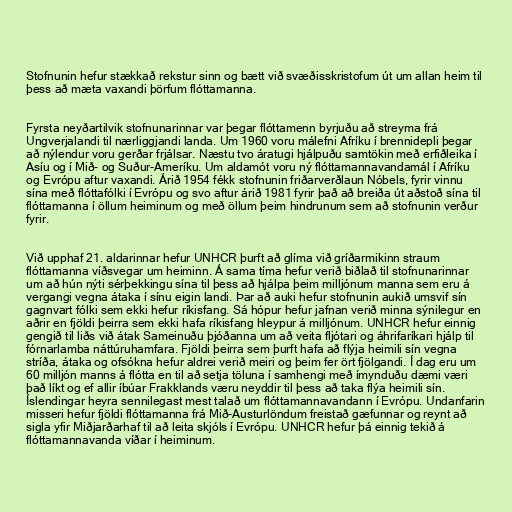
Stofnunin hefur stækkað rekstur sinn og bætt við svæðisskristofum út um allan heim til
þess að mæta vaxandi þörfum flóttamanna.

Fyrsta neyðartilvik stofnunarinnar var þegar flóttamenn byrjuðu að streyma frá
Ungverjalandi til nærliggjandi landa. Um 1960 voru málefni Afríku í brennidepli þegar
að nýlendur voru gerðar frjálsar. Næstu tvo áratugi hjálpuðu samtökin með erfiðleika í
Asíu og í Mið- og Suður-Ameríku. Um aldamót voru ný flóttamannavandamál í Afríku
og Evrópu aftur vaxandi. Árið 1954 fékk stofnunin friðarverðlaun Nóbels, fyrir vinnu
sína með flóttafólki í Evrópu og svo aftur árið 1981 fyrir það að breiða út aðstoð sína til
flóttamanna í öllum heiminum og með öllum þeim hindrunum sem að stofnunin verður
fyrir.

Við upphaf 21. aldarinnar hefur UNHCR þurft að glíma við gríðarmikinn straum
flóttamanna víðsvegar um heiminn. Á sama tíma hefur verið biðlað til stofnunarinnar
um að hún nýti sérþekkingu sína til þess að hjálpa þeim milljónum manna sem eru á
vergangi vegna átaka í sínu eigin landi. Þar að auki hefur stofnunin aukið umsvif sín
gagnvart fólki sem ekki hefur ríkisfang. Sá hópur hefur jafnan verið minna sýnilegur en
aðrir en fjöldi þeirra sem ekki hafa ríkisfang hleypur á milljónum. UNHCR hefur einnig
gengið til liðs við átak Sameinuðu þjóðanna um að veita fljótari og áhrifaríkari hjálp til
fórnarlamba náttúruhamfara. Fjöldi þeirra sem þurft hafa að flýja heimili sín vegna
stríða, átaka og ofsókna hefur aldrei verið meiri og þeim fer ört fjölgandi. Í dag eru um
60 milljón manns á flótta en til að setja töluna í samhengi með ímynduðu dæmi væri
það líkt og ef allir íbúar Frakklands væru neyddir til þess að taka flýa heimili sín.
Íslendingar heyra sennilegast mest talað um flóttamannavandann í Evrópu. Undanfarin
misseri hefur fjöldi flóttamanna frá Mið-Austurlöndum freistað gæfunnar og reynt að
sigla yfir Miðjarðarhaf til að leita skjóls í Evrópu. UNHCR hefur þá einnig tekið á
flóttamannavanda víðar í heiminum.